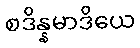
စဒိန္နမာဒိယေ